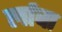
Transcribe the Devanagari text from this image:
र्लावा